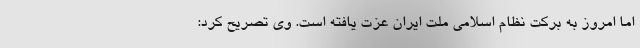
اما امروز به برکت نظام اسلامی ملت ایران عزت یافته است. وی تصریح کرد: